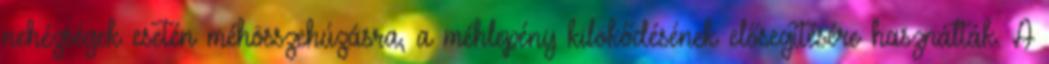
nehézségek esetén méhösszehúzásra, a méhlepény kilökődésének elősegítésére használták. A